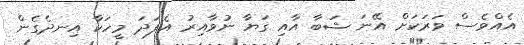
އެއްވެސް ވަރަކަށް އޭނަ ޝަބާ އާއި ގަޔާ ނުވާއިރު އެފަދަ މީހަކާ އިނދެގެން